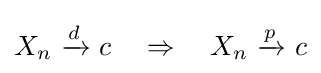
X_{n}\ {\xrightarrow {\overset {}{d}}}\ c\quad \Rightarrow \quad X_{n}\ {\xrightarrow {\overset {}{p}}}\ c